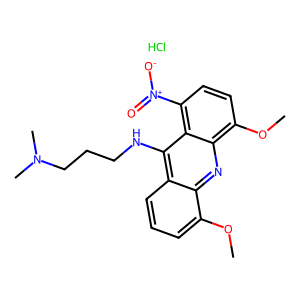
SMILES: COc1cccc2c(NCCCN(C)C)c3c([N+](=O)[O-])ccc(OC)c3nc12.Cl
Inhibits HIV replication: No